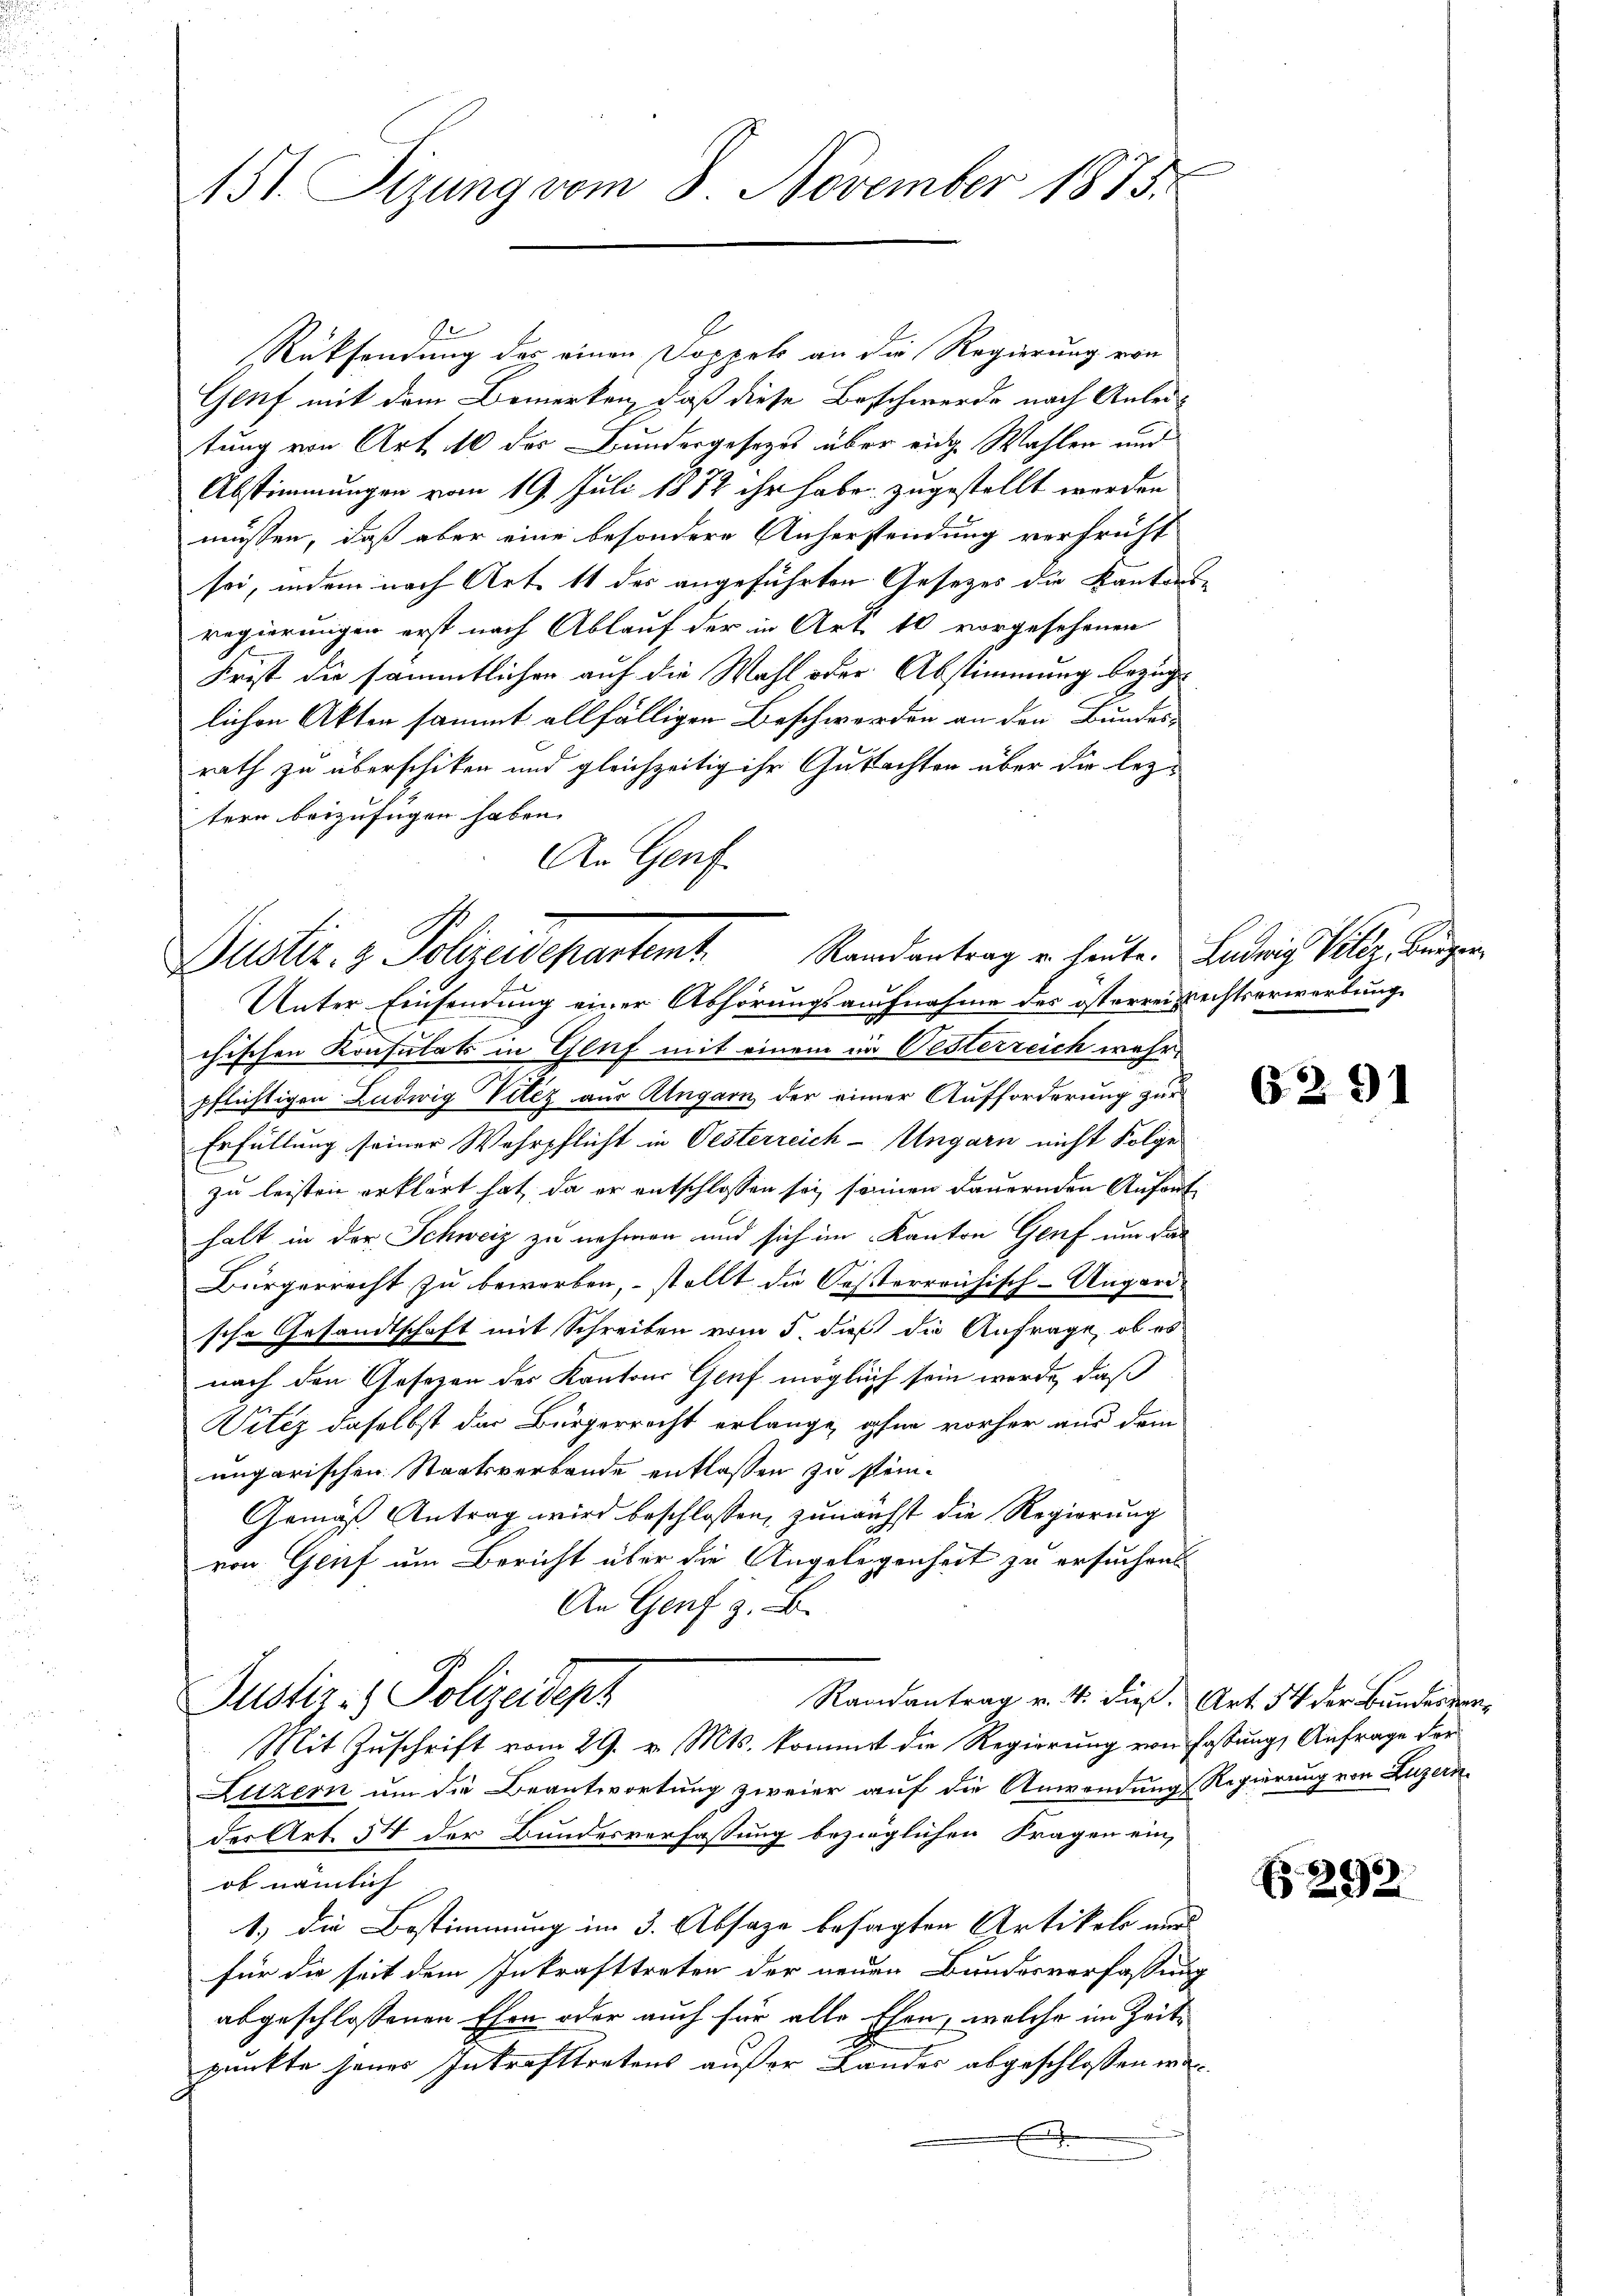
151. Sizung vom 8. November 1875.

1
Rücksendung des einen Doppels an die Regierung von
Genf mit dem Bemerken, daß diese Beschwerde nach Anleitung von Art. 110 der Bundergesetzes über eine Wahlen und
Abstimmungen vom 19. Juli 1882 ihr habe zugestellt werden
müssen, daß aber eine besondere Anherstendung verfrüht
sei, indem nach Art. 11 des angeführten Gesetzes die Kantons-
regierungen erst nach Ablauf der in Art. 10 vorgesehenen
Frist die sämmtlichen auf die Wahl oder Abstimmung bezüge
lichen Akten sammt allfälligen Beschwerden an den Bundes-
rath zu überschiken und gleichzeitig ihr Gutachten über die lezt
tern beizufügen haben.
An Genf.

Justiz- & Polizeidepartemt. Randantrag u. heute. Lederich Beler beigen

Unter Einsendung einer Abhörungsaufnahme des österrei Rechtserwerbung
chischen Konsulats in Genf mit einem im Gesterreich wahrpflichtigen Ludwig Viléz aus Ungarn der einer Aufforderung zur
Erfüllung seiner Wehrpflicht in Oesterreich-Ungarn nicht Folge
zu leisten erklärt hat, da er entschlossen sei seinen dauernden Anfant
halt in der Schweiz zu nehmen und sich im Kanton Genf um das
Bürgerrecht zu beworben, stellt die Sessterreichisch-Ungard
sche Gesandtschaft mit Schreiben vom 5. dieß die Anfrage, ob es
nach den Gesezen des Kantons Genf möglich sein werde, daß
Vitez daselbst des Bürgerrecht erlange, ohne vorher aus dem
ungarischen Staatsverbande entlassen zu stein¬
Gemäß Antrag wird beschlossen, zunächst die Regierung
von Genf um Bericht über die Angelegenheit zu ersuchen
An Genf z. B.
Justiz- & Polizeidenz
Randantrag v. 4. dies. Art. 54 der Bundesver¬
Mit Zuschrift vom 29. v. Mts. kommt die Regierung von Fassung, Anfrage der
Litzern um die Beantwortung zweier auf die Anwendung Regierung von Luzern
der Art. 54 der Bundesverfassung bezieglichen Fragen ein,
ob nämlich
1.) die Bestimmung im 3. Absage besagten Artikels nur
für die seit dem Inkrafttreten der neuen Bundesverfassung
abgeschlossenen Ehen oder auch für alle Ehen, welche im Zeite
punkte jenes Inkrafttretens außer Landes abgeschlossen werx

6291

Nr. 292.